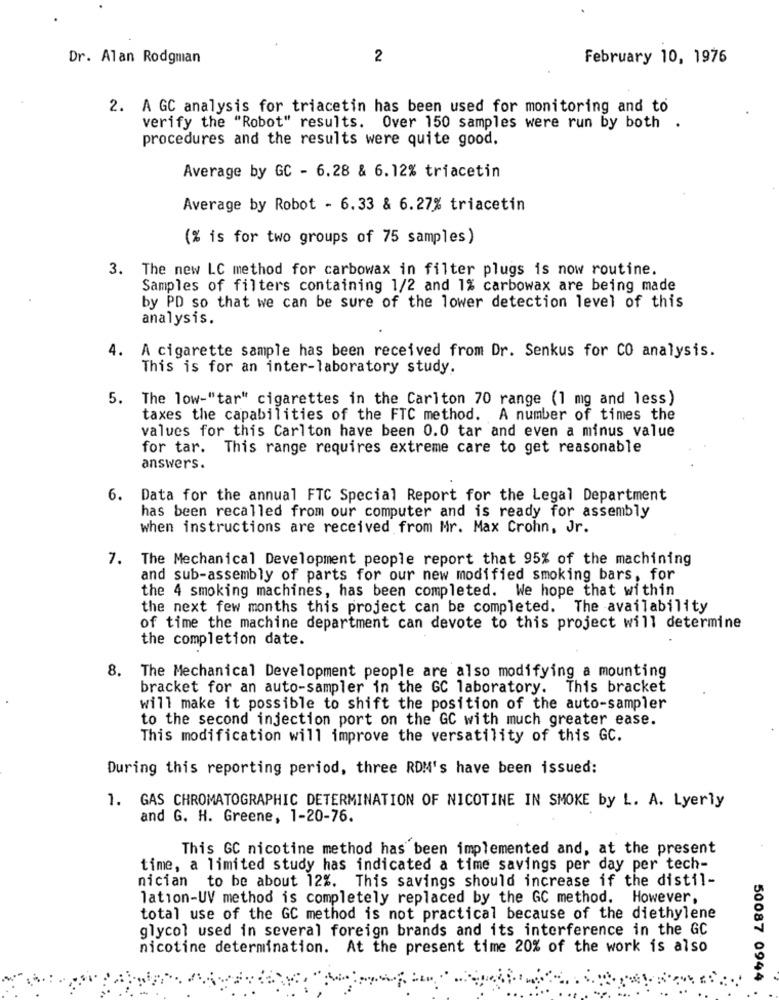
Dr. Alan Rodgman
2
February 10, 1976
2. A GC analysis for triacetin has been used for monitoring and to
verify the "Robot" results. Over 150 samples were run by both .
procedures and the results were quite good.
Average by GC - 6.28 & 6.12% triacetin
Average by Robot - 6.33 & 6.27% triacetin
(% is for two groups of 75 samples)
3. The new LC method for carbowax in filter plugs is now routine.
Samples of filters containing 1/2 and 1% carbowax are being made
by PD so that we can be sure of the lower detection level of this
analysis.
4. A cigarette sample has been received from Dr. Senkus for CO analysis.
This is for an inter-laboratory study
5. The low-"tar" cigarettes in the Carlton 70 range (1 mg and less)
taxes the capabilities of the FTC method. A number of times the
values for this Carlton have been 0.0 tar and even a minus value
for tar. This range requires extreme care to get reasonable
answers.
6. Data for the annual FTC Special Report for the Legal Department
has been recalled from our computer and is ready for assembly
when instructions are received from Mr. Max Crohn, Jr.
7. The Mechanical Development people report that 95% of the machining
and sub-assembly of parts for our new modified smoking bars, for
the 4 smoking machines, has been completed. We hope that within
the next few months this project can be completed. The availability
of time the machine department can devote to this project will determine
the completion date.
8. The Mechanical Development people are also modifying a mounting
bracket for an auto-sampler in the GC laboratory. This bracket
will make it possible to shift the position of the auto-sampler
to the second injection port on the GC with much greater ease.
This modification will improve the versatility of this GC.
During this reporting period, three RDM's have been issued:
1. GAS CHROMATOGRAPHIC DETERMINATION OF NICOTINE IN SMOKE by L. A. Lyerly
and G. H. Greene, 1-20-76.
This GC nicotine method has been implemented and, at the present
time, a limited study has indicated a time savings per day per tech-
nician to be about 12%. This savings should increase if the distil-
lation-UV method is completely replaced by the GC method. However,
total use of the GC method is not practical because of the diethylene
glycol used in several foreign brands and its interference in the GC
nicotine determination. At the present time 20% of the work is also
50087 0944